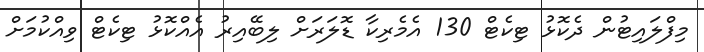
މިފްލައިޓުން ދެކޮޅު ޓިކެޓް 130 އެމެރިކާ ޑޮލަރަށް ލިބޭއިރު އެއްކޮޅު ޓިކެޓް ވިއްކުމަށް